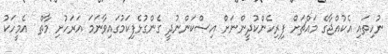
ނުހިތައި އެކުއްޖާގެ މައްޗަށް ފިރިހެންކުދީންނަށް އިސްކަންނުދީ ގެންގުޅެފިކަމުގައިވާނަމަ އަރަހުށި މާތް  އެމީހަކު